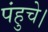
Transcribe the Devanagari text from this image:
पंहुचे।